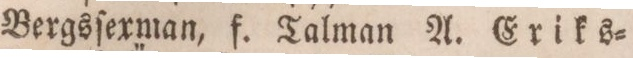
Bergsſexman, f. Talman A. Eriks=